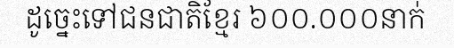
ដូច្នេះទៅជនជាតិខ្មែរ ៦០០.០០០នាក់